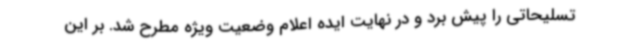
تسلیحاتی را پیش برد و در نهایت ایده اعلام وضعیت ویژه مطرح شد. بر این